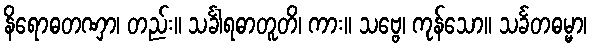
နိရောဓတဏှာ၊ တည်း။ သင်္ခါရဓာတူတိ၊ ကား။ သဗ္ဗေ၊ ကုန်သော။ သင်္ခတဓမ္မာ၊